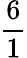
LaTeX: \frac{6}{1}